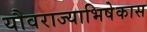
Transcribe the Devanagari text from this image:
यौवराज्याभिषेकास